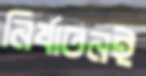
নির্যাতনই